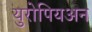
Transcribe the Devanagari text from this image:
युरोपियअन